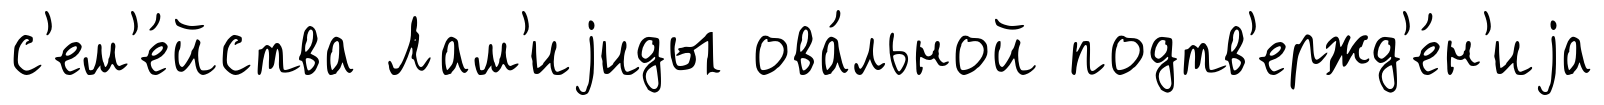
с'ем'е́йства Лам'иjиды ова́льной подтв'ержд'е́н'иjа